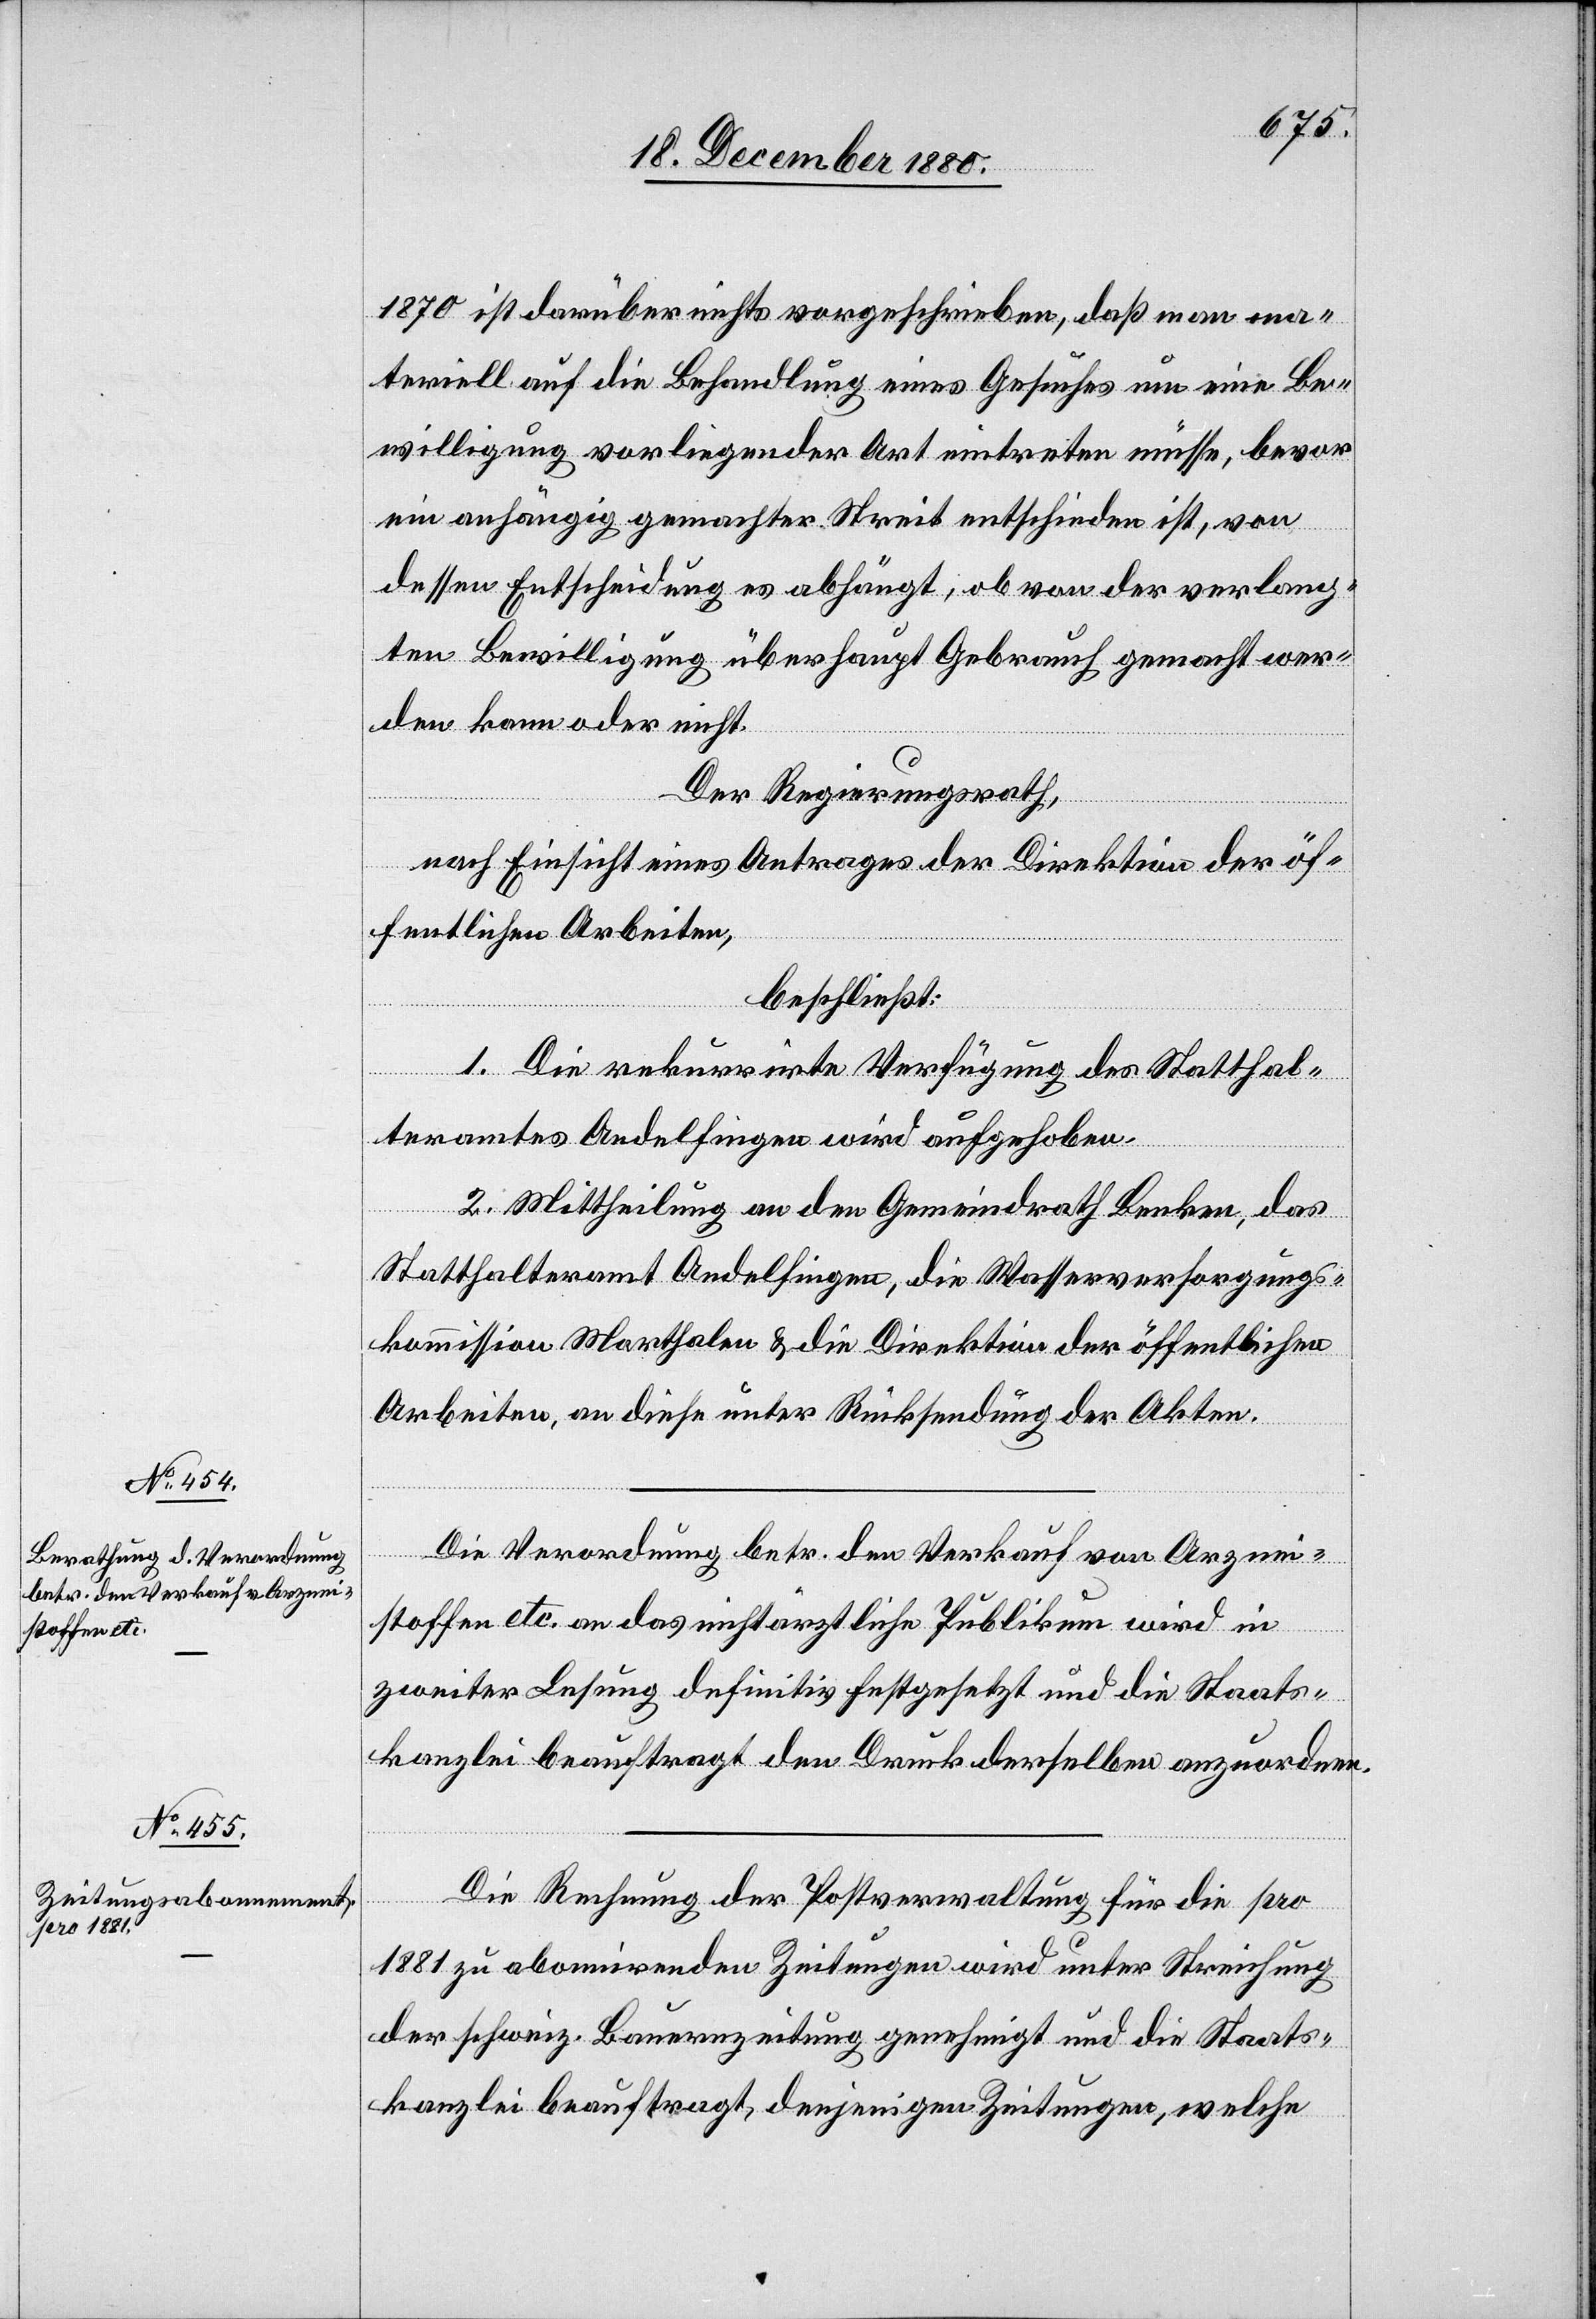
1870 ist darüber nichts vorgeschrieben, daß man ma¬
teriell auf die Behandlung eines Gesuches um eine Be¬
willigung vorliegender Art eintreten müsse, bevor
ein anhängig gemachter Streit entschieden ist, von
dessen Entscheidung es abhängt, ob von der verlang¬
ten Bewilligung überhaupt Gebrauch gemacht wer¬
den kann oder nicht.
Der Regierungsrath,
nach Einsicht eines Antrages der Direktion der öf¬
fentlichen Arbeiten,
beschließt:
1. Die rekurrirte Verfügung des Statthal¬
teramtes Andelfingen wird aufgehoben.
2. Mittheilung an den Gemeindrath Benken, das
Statthalteramt Andelfingen, die Wasserversorgungs¬
kommission Marthalen & die Direktion der öffentlichen
Arbeiten, an diese unter Rücksendung der Akten.
Die Verordnung betr. den Verkauf von Arznei¬
stoffen etc. an das nichtärztliche Publikum wird in
zweiter Lesung definitiv festgesetzt und die Staats¬
kanzlei beauftragt den Druck derselben anzuordnen.
Die Rechnung der Postverwaltung für die pro
1881 zu abonnirenden Zeitungen wird unter Streichung
der schweiz. Bauernzeitung genehmigt und die Staats¬
kanzlei beauftragt, denjenigen Zeitungen, welche